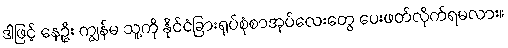
ဒါဖြင့် နေဦး ကျွန်မ သူ့ကို နိုင်ငံခြားရုပ်စုံစာအုပ်လေးတွေ ပေးဖတ်လိုက်ရမလား။